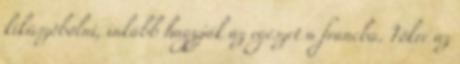
kiküszöbölni, inkább hagyják az egészet a francba. Tökre az